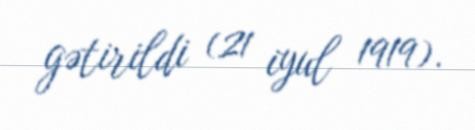
gətirildi (21 iyul 1919).